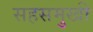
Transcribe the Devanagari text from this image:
सहसमुखी